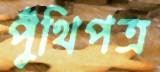
পুঁথিপত্র